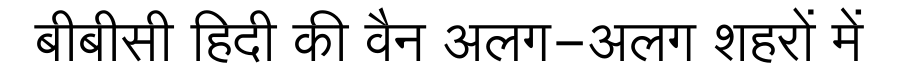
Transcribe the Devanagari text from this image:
बीबीसी हिदी की वैन अलग-अलग शहरों में